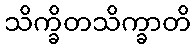
သိက္ခိတသိက္ခာတိ